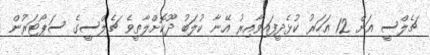
ޗެލްސީ އަށް 12 އަހަރު ކުޅެދީފައިވާއިރު އޭނާ ކުލަބު ދޫކޮށްލާތީވެ ޗެލްސީގެ ސަޕޯޓަރުން